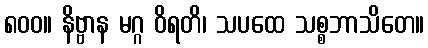
၈၀၀။ နိဗ္ဗာန မဂ္ဂ ဝိရတိ၊ သပထေ သစ္စဘာသိတေ။